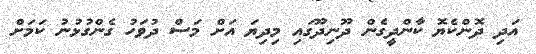
އަދި ދޮންކެޔޮ ކާންދީގެން ދޫނިދޫގައި މިދިޔަ އަށް މަސް ދުވަހު ގެންގުޅުނު ކަމަށް